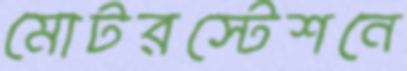
মোটরস্টেশনে